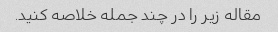
مقاله زیر را در چند جمله خلاصه کنید.